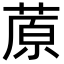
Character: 蒝